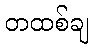
တထစ်ချ